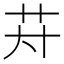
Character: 𱽌